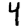
Digit: 4